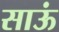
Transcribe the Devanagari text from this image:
साऊं